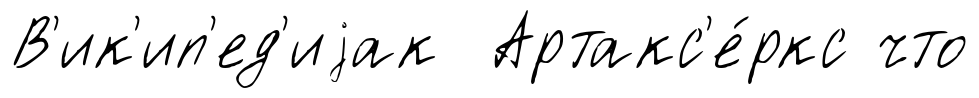
В'ик'ип'ед'иjак Артакс'е́ркс что